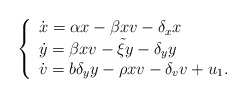
\begin{align*} \left\{ \begin{array}{l} \dot x = \alpha x - \beta x v - \delta_x x \\ \dot y = \beta x v - \tilde \xi y - \delta_y y \\ \dot v = b \delta_y y - \rho x v - \delta_v v + u_1. \end{array} \right.\end{align*}